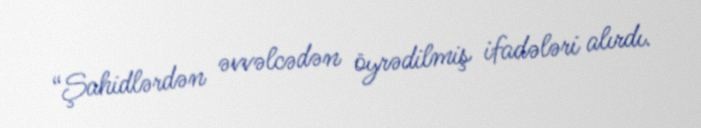
“Şahidlərdən əvvəlcədən öyrədilmiş ifadələri alırdı.